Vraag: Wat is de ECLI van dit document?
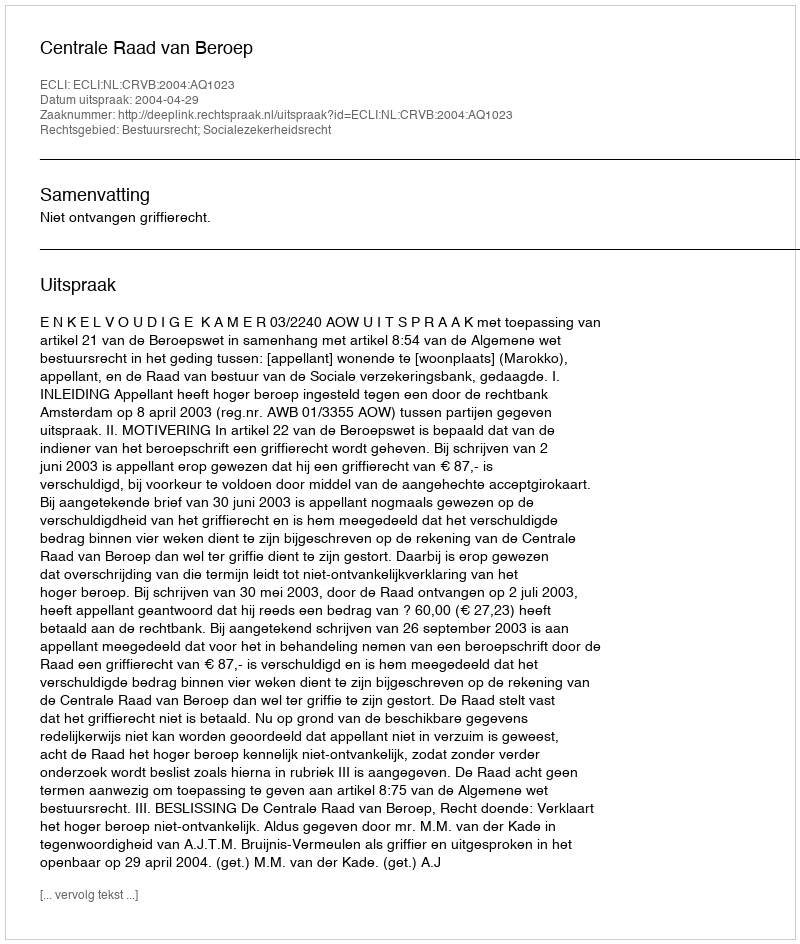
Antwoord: ECLI:NL:CRVB:2004:AQ1023